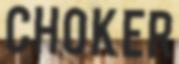
CHOKER